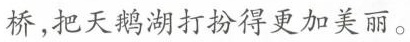
桥，把天鹅湖打扮得更加美丽。